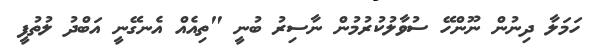
ހަމަލާ ދިނުން ނޫންހޭ ސުވާލުކުރުމުން ނާސިރު ބުނީ "ތިއެއް އެނގޭނީ އަބްދު ލުތުފީ